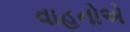
વાહનોએ